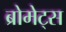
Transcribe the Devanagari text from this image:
ब्रोमेट्स